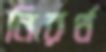
নিরর্থ